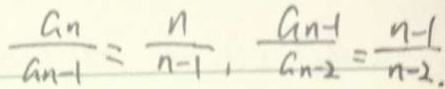
\frac { a _ { n } } { a _ { n - 1 } } = \frac { n } { n - 1 } , \frac { a _ { n } - 1 } { a _ { n - 2 } } = \frac { n - 1 } { n - 2 . }